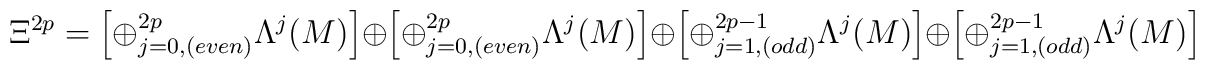
\Xi^{2p} = \left[ \oplus^{2p}_{j=0,(even)}                               \Lambda^j (M) \right] \oplus           \left[ \oplus^{2p}_{j=0,(even)}                               \Lambda^j (M) \right] \oplus           \left[ \oplus^{2p-1}_{j=1,(odd)}                               \Lambda^j (M) \right] \oplus           \left[ \oplus^{2p-1}_{j=1,(odd)}                               \Lambda^j (M) \right]